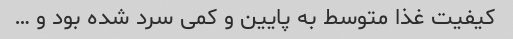
کیفیت غذا متوسط به پایین و کمی سرد شده بود و …